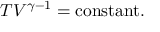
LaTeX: T V ^ { \gamma - 1 } = { \mathrm { c o n s t a n t } } .